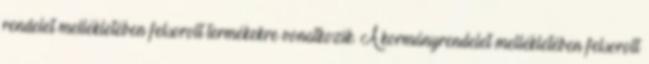
rendelet mellékletében felsorolt termékekre vonatkozik. A kormányrendelet mellékletében felsorolt